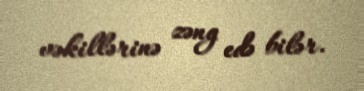
vəkillərinə zəng edə bilər.